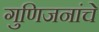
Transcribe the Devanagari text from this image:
गुणिजनांचे